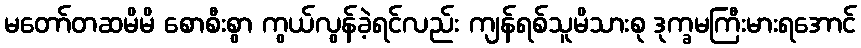
မတော်တဆမိမိ စောစီးစွာ ကွယ်လွန်ခဲ့ရင်လည်း ကျန်ရစ်သူမိသားစု ဒုက္ခမကြီးမားရအောင်